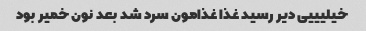
خیلیییی دیر رسید غذا غذامون سرد شد بعد نون خمیر بود